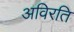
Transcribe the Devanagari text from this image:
अविरति